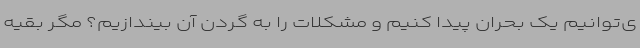
ی‌توانیم یک بحران پیدا کنیم و مشکلات را به گردن آن بیندازیم؟ مگر بقیه